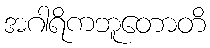
အဂါရိကဘူတောတိ